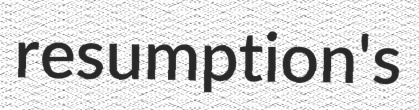
resumption's